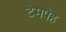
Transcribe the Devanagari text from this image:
टेमपेह